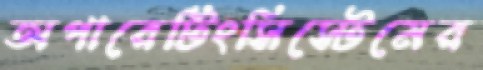
অপারেটিংসিস্টেমের